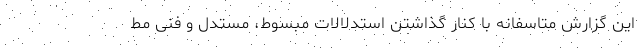
این گزارش متاسفانه با کنار گذاشتن استدلالات مبسوط، مستدل و فنی مط